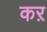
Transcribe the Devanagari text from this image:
कऱ